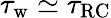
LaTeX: \tau_{\mathrm{w}}\simeq\tau_{\mathrm{RC}}